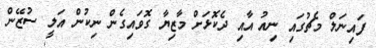
ފައިނަލް މެޗުގައި ނިއު އާއި ދެކޮޅަށް މާޒިޔާ ގޮވައިގެން ނިކުން އަލީ ސުޒޭން